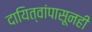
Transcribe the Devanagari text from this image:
दायित्वांपासूनही